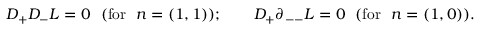
D _ { + } D _ { - } L = 0 ~ ~ ( \mathrm { f o r } ~ ~ n = ( 1 , 1 ) ) ; \qquad D _ { + } \partial _ { -- } L = 0 { } ~ ~ ( \mathrm { f o r } ~ ~ n = ( 1 , 0 ) ) .